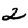
Digit: 2